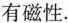
有磁性。